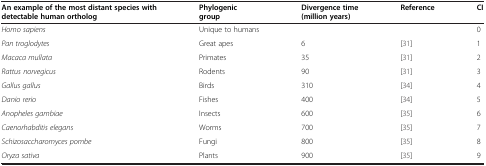
| An example of the most distant species with detectable human ortholog | Phylogenic group | Divergence time (million years) | Reference | CI |
 | --- | --- | --- | --- | --- |
 | Homo sapiens | Unique to humans |  |  | 0 |
 | Pan troglodytes | Great apes | 6 | [31] | 1 |
 | Macaca mullata | Primates | 35 | [31] | 2 |
 | Rattus norvegicus | Rodents | 90 | [31] | 3 |
 | Gallus gallus | Birds | 310 | [34] | 4 |
 | Danio rerio | Fishes | 400 | [34] | 5 |
 | Anopheles gambiae | Insects | 600 | [35] | 6 |
 | Caenorhabditis elegans | Worms | 700 | [35] | 7 |
 | Schizosaccharomyces pombe | Fungi | 800 | [35] | 8 |
 | Oryza sativa | Plants | 900 | [35] | 9 |